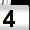
Digit: 4